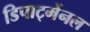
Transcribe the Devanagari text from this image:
डिपार्ट्मेनल